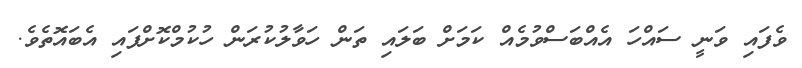
ވެފައި ވަނީ ސައްހަ އެއްބަސްވުމެއް ކަމަށް ބަލައި ތަން ހަވާލުކުރަން ހުކުމްކޮށްފައި އެބައޮތެވެ.